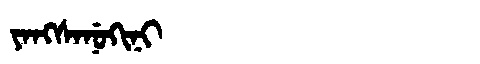
Manchu: ᠶᠠᠩᠰᠠᠨᡠᡴᡳᠨᡳ
Romanization: YANGSANUKINI